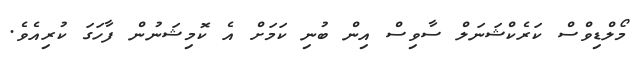
މޯލްޑިވްސް ކަރެކްޝަނަލް ސާވިސް އިން ބުނި ކަމަށް އެ ކޮމިޝަނުން ފާހަގަ ކުރިއެވެ.